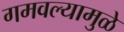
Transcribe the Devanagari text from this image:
गमवल्यामुळे